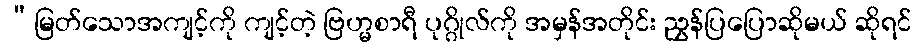
“မြတ်သောအကျင့်ကို ကျင့်တဲ့ ဗြဟ္မစာရီ ပုဂ္ဂိုလ်ကို အမှန်အတိုင်း ညွှန်ပြပြောဆိုမယ် ဆိုရင်